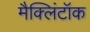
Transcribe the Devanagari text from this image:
मैक्लिंटॉक